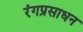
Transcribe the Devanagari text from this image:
रंगप्रसाधन